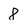
Character: 8